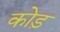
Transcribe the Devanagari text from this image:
कोड़